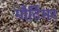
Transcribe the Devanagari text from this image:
मौर्टिमर